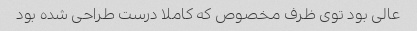
عالی بود توی ظرف مخصوص که کاملا درست طراحی شده بود